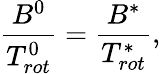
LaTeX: \frac{B^{0}}{T_{rot}^{0}}=\frac{B^{*}}{T_{rot}^{*}},